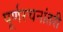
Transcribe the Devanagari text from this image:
पूर्णरचनांतरी